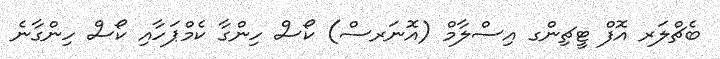
ބެޗްލަރ އޮފް ޓީޗިންގ އިސްލާމް (އޮނަރސް) ކޯސް ހިންގާ ކެމްޕަހާއި ކޯސް ހިންގާނެ